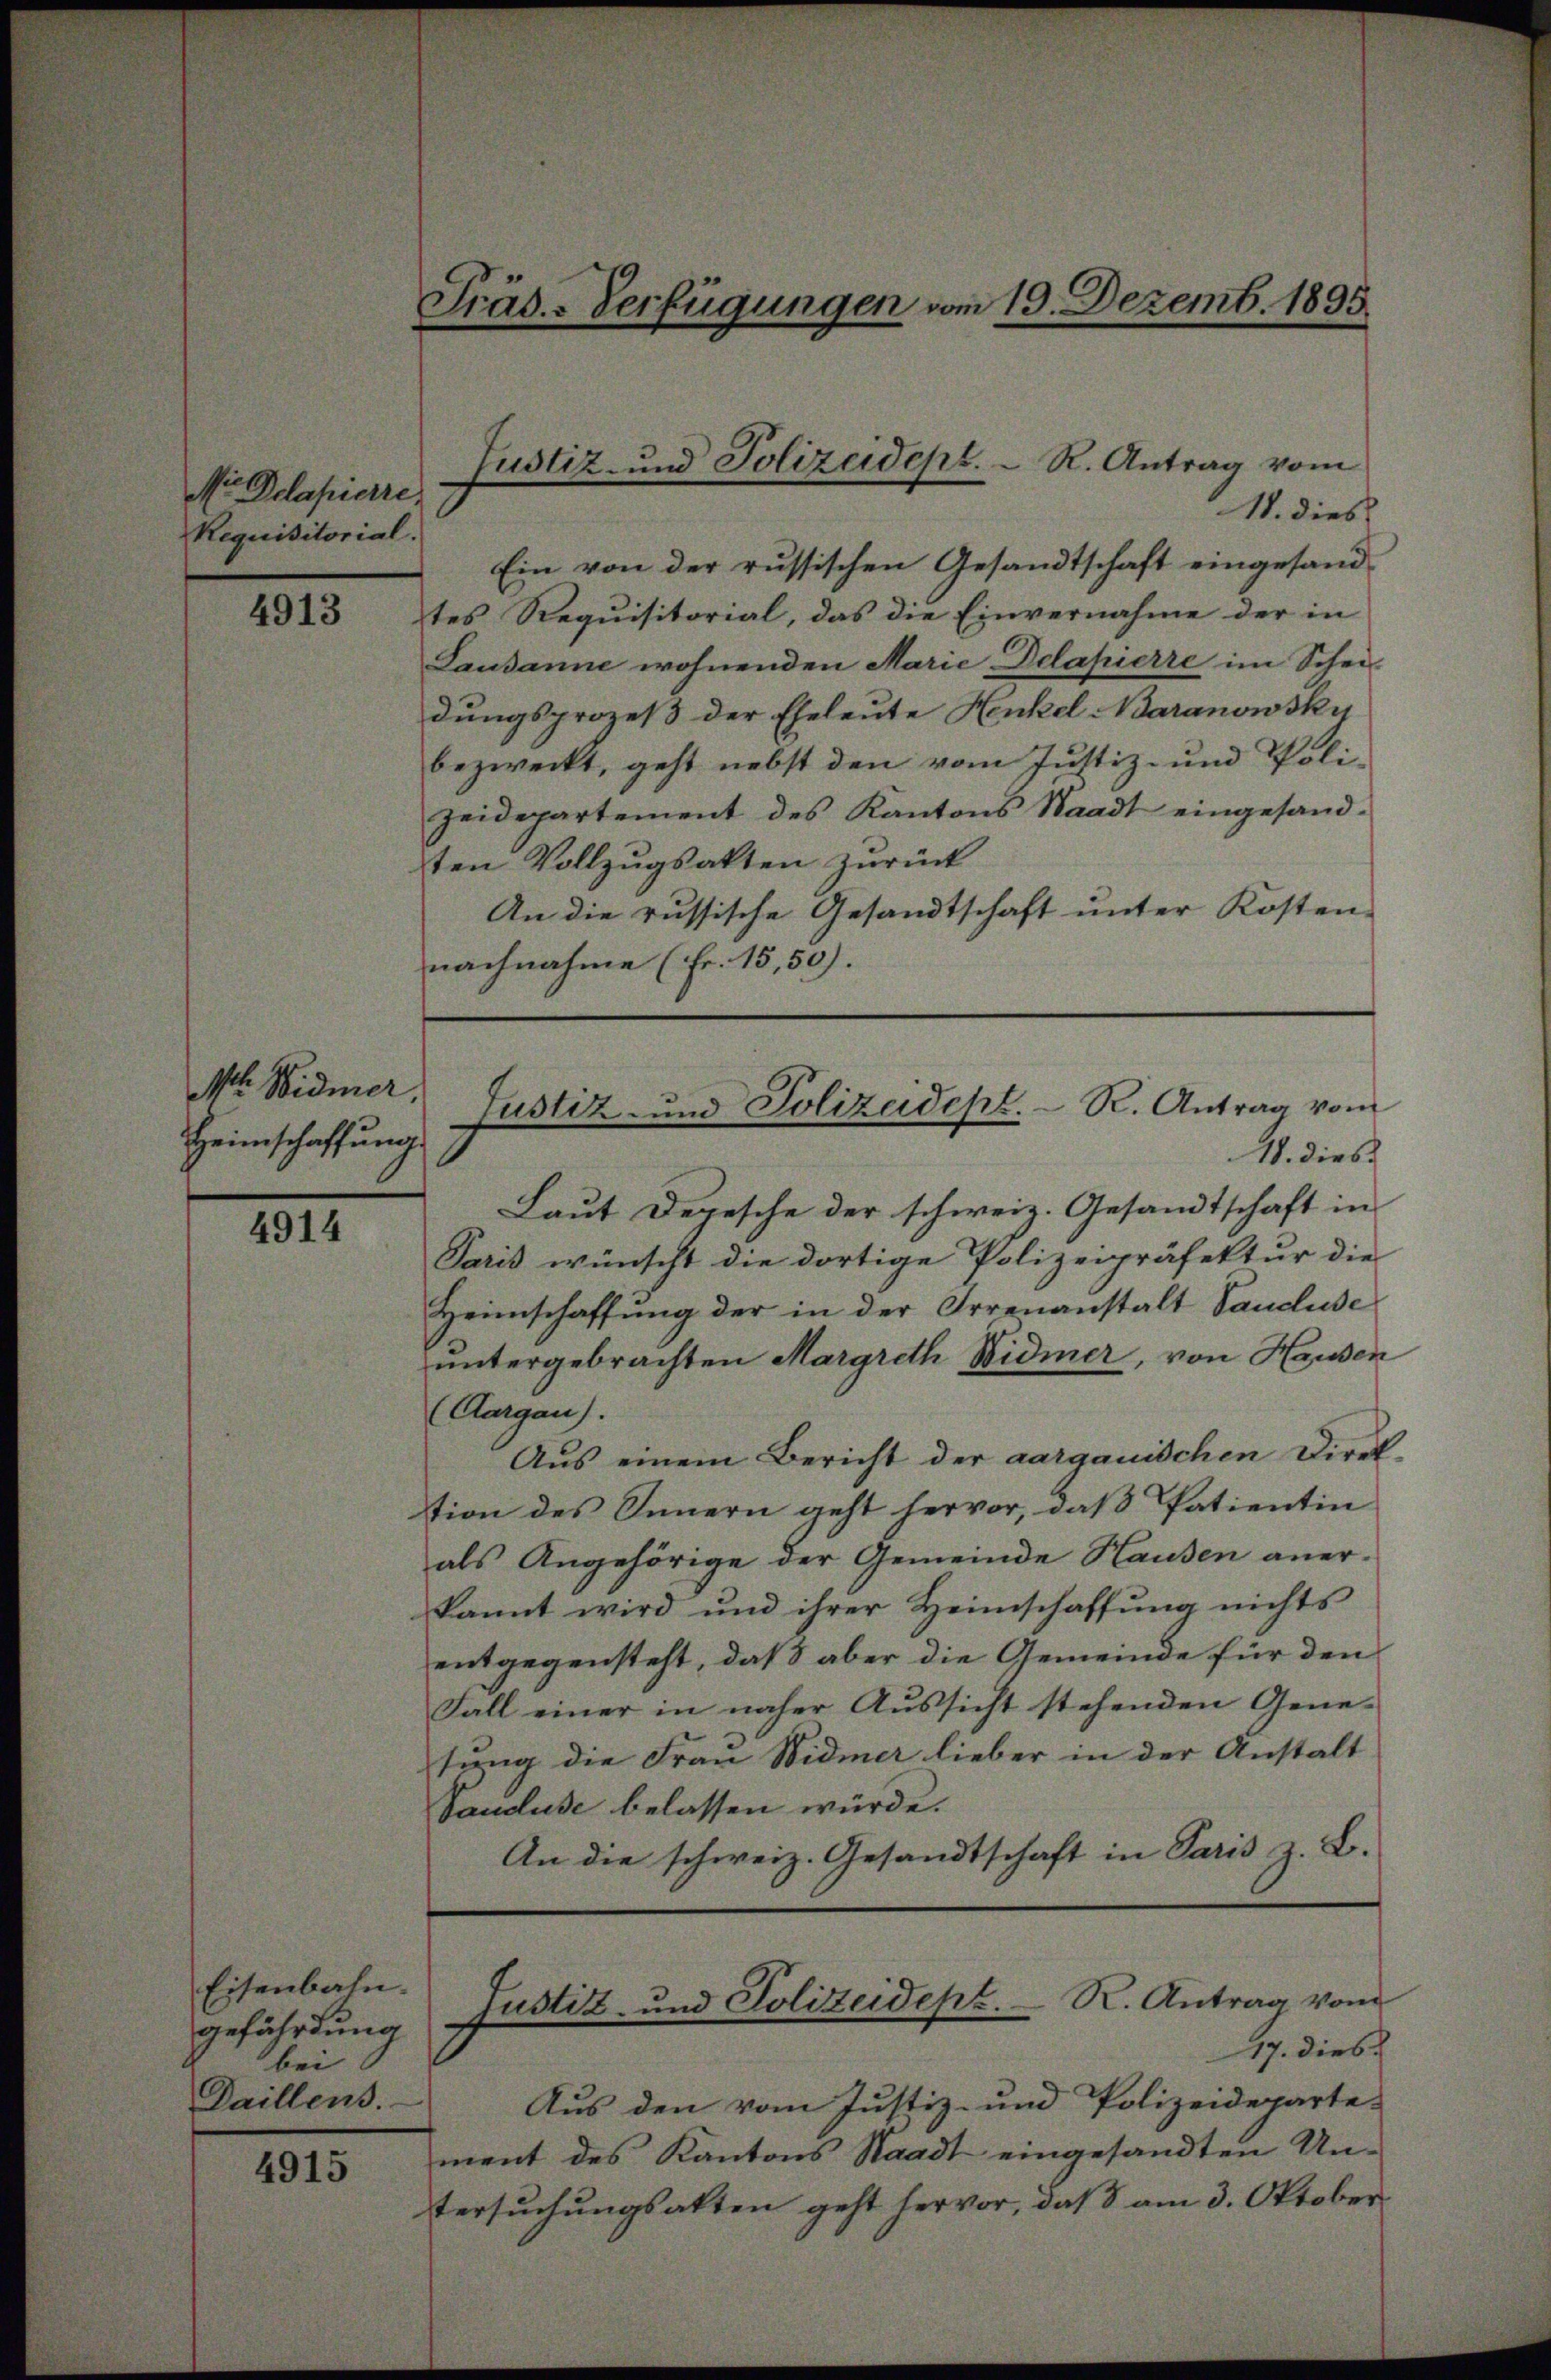
Nr Dolapierre
Requisitorial.

4913

Mt. Widmer,
Heimschaffung

4914

Eisenbahn.
gefährdung
bei
Daillens.

4915

Präs.-Verfügungen vom 19. Dezemb. 1895.

18. dies
Ein von der russischen Gesandtschaft eingesand-
tes Requisitorial, das die Einvernahme der in
Lausanne wohnenden Marie Delapierre im Schei-
dungsprozeβ der Eheleute Henkel Baranowsky
bezweckt, geht nebst den vom Justiz- und Poli-
zeidepartement des Kantons Waadt eingesand-
ten Vollzugsakten zurück
An die russische Gesandtschaft unter Kosten-
nachnahme (Fr. 15,50).

Laut Depesche der schweiz. Gesandtschaft in
Paris wünscht die dortige Polizeipräfektur die
Heimschaffung der in der Irrenanstalt Vancluse
untergebrachten Margreth Widmer, von Hausen
(Aargau).
Aus einem Bericht der aargauischen Direk-
tion des Innern geht hervor, daβ Patientin
als Angehörige der Gemeinde Hausen aner-
kannt wird und ihrer Heimschaffung nichts
entgegensteht, daß aber die Gemeinde für den
Fall einer in näher Aussicht stehenden Gene-
tung die Frau Widmer lieber in der Anstalt
Vaudluse belassen würde.
An die schweiz. Gesandtschaft in Paris z. B.

Justiz- und Polizeidept. R. Antrag vom

Justiz und Polizeidept. R. Antrag vom
18. dies

Justiz- und Polizeidept. R. Antrag vom
17. dies

Aus den vom Justiz- und Polizeideparte-
ment des Kantons Staadt eingesandten Un-
tersuchungsakten geht hervor, daß am 3. Oktober